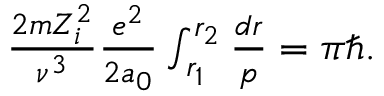
\begin{array} { r } { \frac { 2 m Z _ { i } ^ { 2 } } { \nu ^ { 3 } } \frac { e ^ { 2 } } { 2 a _ { 0 } } \int _ { r _ { 1 } } ^ { r _ { 2 } } \frac { d r } { p } = \pi \hbar . } \end{array}